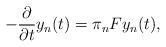
LaTeX: \begin{align*} - \frac{\partial}{\partial t} y_n (t) = \pi_n F y_n(t) ,\end{align*}